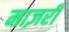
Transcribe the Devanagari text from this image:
माज़री